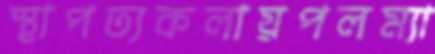
স্থাপত্যকলায়পলম্যা